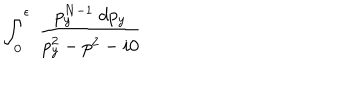
LaTeX: \int _ { 0 } ^ { \epsilon } ~ \frac { p _ { y } ^ { N - 1 } ~ d p _ { y } } { p _ { y } ^ { 2 } - p ^ { 2 } - i 0 }